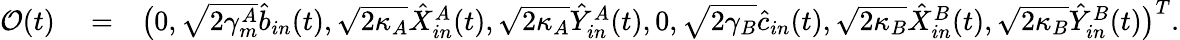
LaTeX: \begin{array}{rlr}{\mathcal{O}(t)}&{{}=}&{\big(0,\sqrt{2\gamma_{m}^{A}}\hat{b}_{in}(t),\sqrt{2\kappa_{A}}\hat{X}_{in}^{A}(t),\sqrt{2\kappa_{A}}\hat{Y}_{in}^{A}(t),0,\sqrt{2\gamma_{B}}\hat{c}_{in}(t),\sqrt{2\kappa_{B}}\hat{X}_{in}^{B}(t),\sqrt{2\kappa_{B}}\hat{Y}_{in}^{B}(t)\big)^{T}.}\end{array}